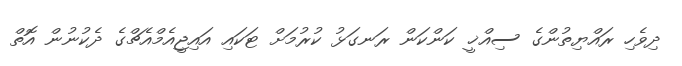
ދިވެހި ރައްޔިތުންގެ ސިއްޚީ ކަންކަން ރަނގަޅު ކުރުމަށް ޓަކައި އައިޖީއެމްއެޗްގެ ދެކުނުން އޮތް